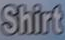
Shirt